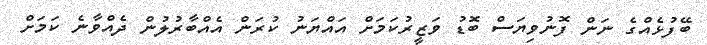
ބޭފުޅެއްގެ ނަން ފޮނުވިޔަސް ބޮޑު ވަޒީރުކަމަށް އައްޔަނު ކުރަން އެއްބާރުލުން ދެއްވާނެ ކަމަށް